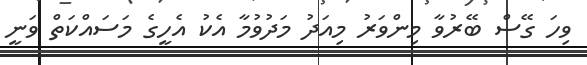
ވިހަ ގޭސް ބޭރުވާ މިންވަރު މިއަދު މަދުވުމާ އެކު އެހީގެ މަސައްކަތް ވަނީ